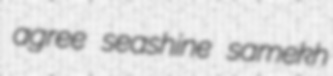
agree seashine samekh